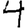
Digit: 4